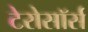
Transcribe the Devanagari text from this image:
टेरोसॉर्स